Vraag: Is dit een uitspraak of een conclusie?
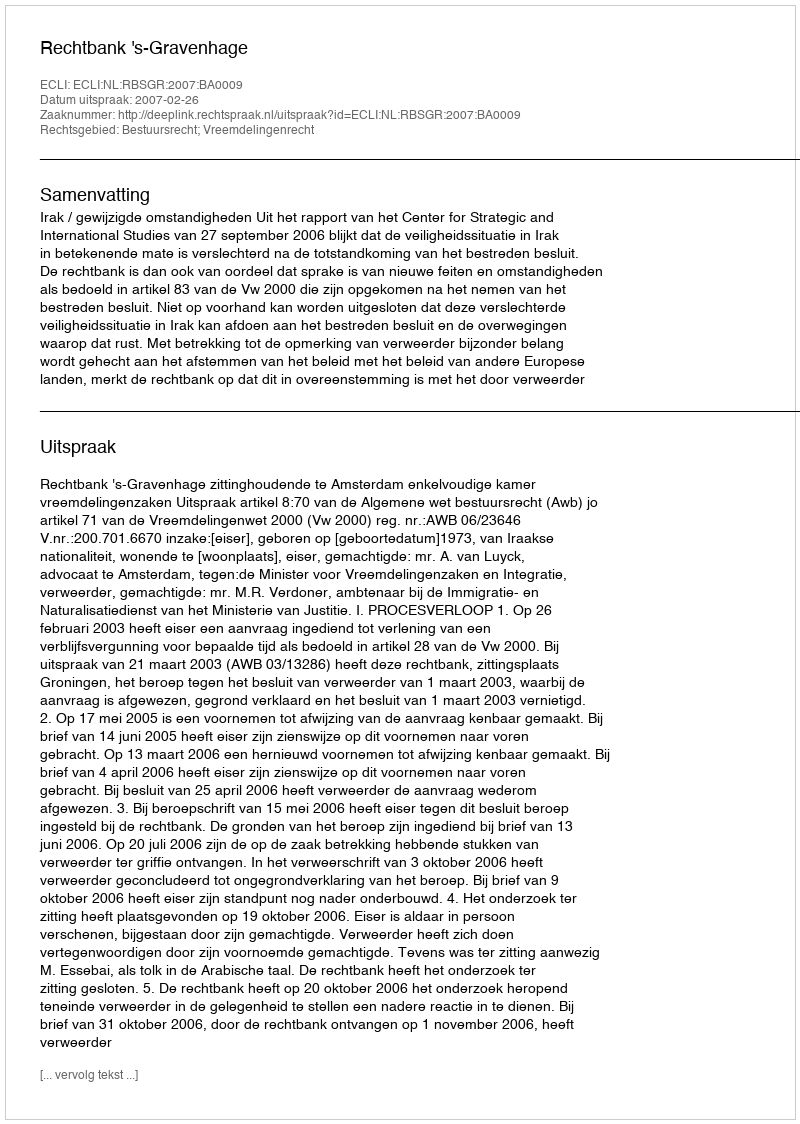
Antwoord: Uitspraak